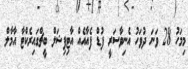
މިމަހު 28 ވަނަ ދުވަހު އެނިވާސަރީ ފުޑް ފެއާއެއް އާޓިފިޝަލް ބީޗްގައިރެކްޓާ އާމާލް